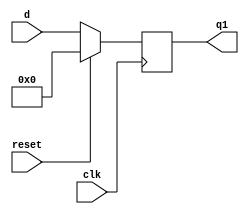
module dflipflop16(d,q1,clk,reset);
input [15:0]d;
input clk,reset;
output reg [15:0]q1;
always@(posedge clk)
begin
if(reset==1'b1)
	q1<=16'b0;
else
	q1<=d;
end
endmodule